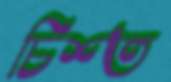
চিশ্ত